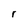
Character: r